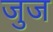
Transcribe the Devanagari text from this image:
जुज